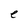
Character: e